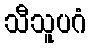
သီသူပဂံ